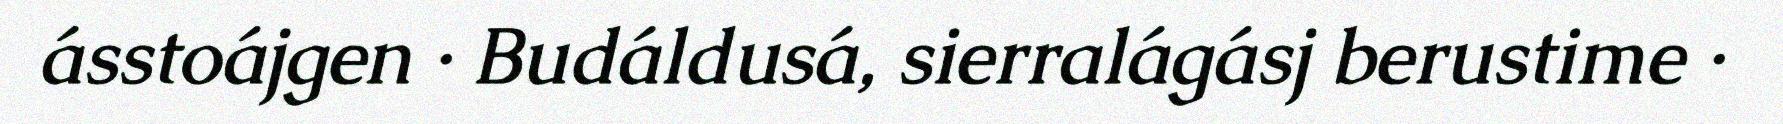
ásstoájgen · Budáldusá, sierralágásj berustime ·